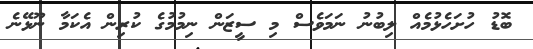
ބޮޑު ހުށަހެޅުމެއް ލިބުނު ނަމަވެސް މި ސީޒަން ނިމުމުގެ ކުރިން އެކަމާ ނޫޅޭނެ